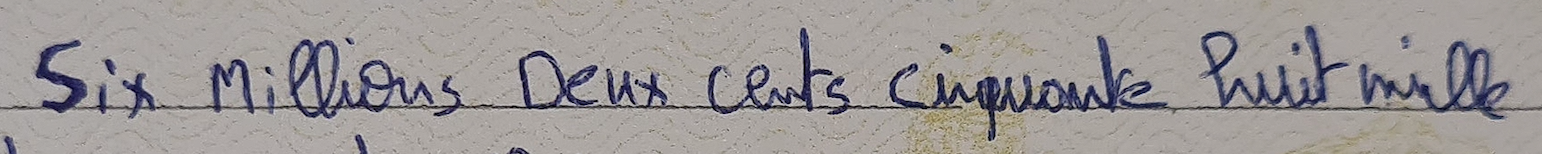
Six millions Deux cents cinquante huit mille